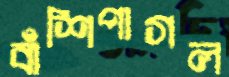
বাঁশিপাগল